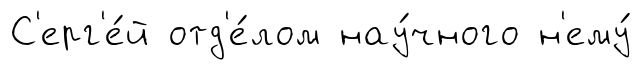
С'ерг'е́й отд'е́лом нау́чного н'ему́